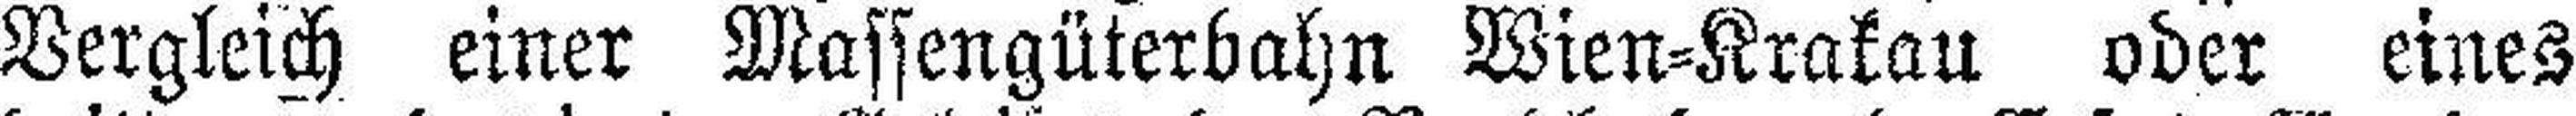
Vergleich einer Massengüterbahn Wien=Krakau oder eines